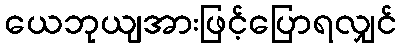
ယေဘုယျအားဖြင့်ပြောရလျှင်